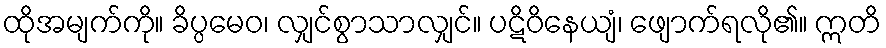
ထိုအမျက်ကို။ ခိပ္ပမေဝ၊ လျှင်စွာသာလျှင်။ ပဋိဝိနေယျံ၊ ဖျောက်ရလို၏။ ဣတိ